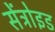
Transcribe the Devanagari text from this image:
सेंट्रोइड